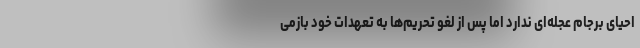
احیای برجام عجله‌ای ندارد اما پس از لغو تحریم‌ها به تعهدات خود بازمی